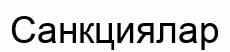
Санкциялар